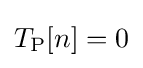
T_{\text{P}}[n]=0